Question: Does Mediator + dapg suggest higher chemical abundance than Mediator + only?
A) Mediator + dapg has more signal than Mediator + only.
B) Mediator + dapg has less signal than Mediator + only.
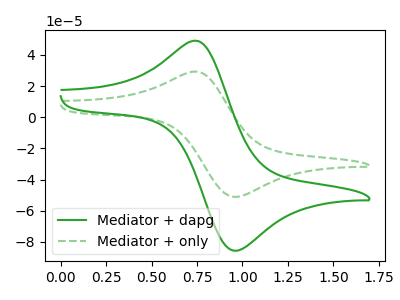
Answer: <think>The green curve "Mediator + dapg" has an anodic peak at (0.75V, 48.75uA) and a cathodic peak at (0.95V, -85.65uA). The green dashed curve "Mediator + only" has an anodic peak at (0.75V, 29.10uA) and a cathodic peak at (0.95V, -51.10uA).
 All the peaks in "Mediator + dapg" have a peak in "Mediator + only" at the same potential. Every peak in "Mediator + dapg" is higher than every peak in "Mediator + only".</think>
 <answer>A) "Mediator + dapg" has more signal than "Mediator + only".</answer>
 <eval>A</eval>